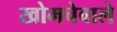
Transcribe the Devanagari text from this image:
खोमचेवाले